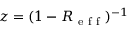
z = ( 1 - R _ { \mathrm { ~ e ~ f ~ f ~ } } ) ^ { - 1 }